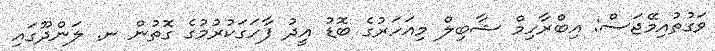
ވަގުތުއިމޭޖަސް: އިބްރާހިމް ޝާބިލް މިއަހަރުގެ ބޮޑު އީދު ފާހަގަކުރުމުގެ ގޮތުން ނ. ލަންދޫގައި